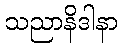
သညာနိဒါနာ